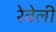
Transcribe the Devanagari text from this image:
रेवेली